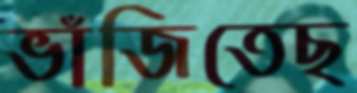
ভাঁজিতেছ